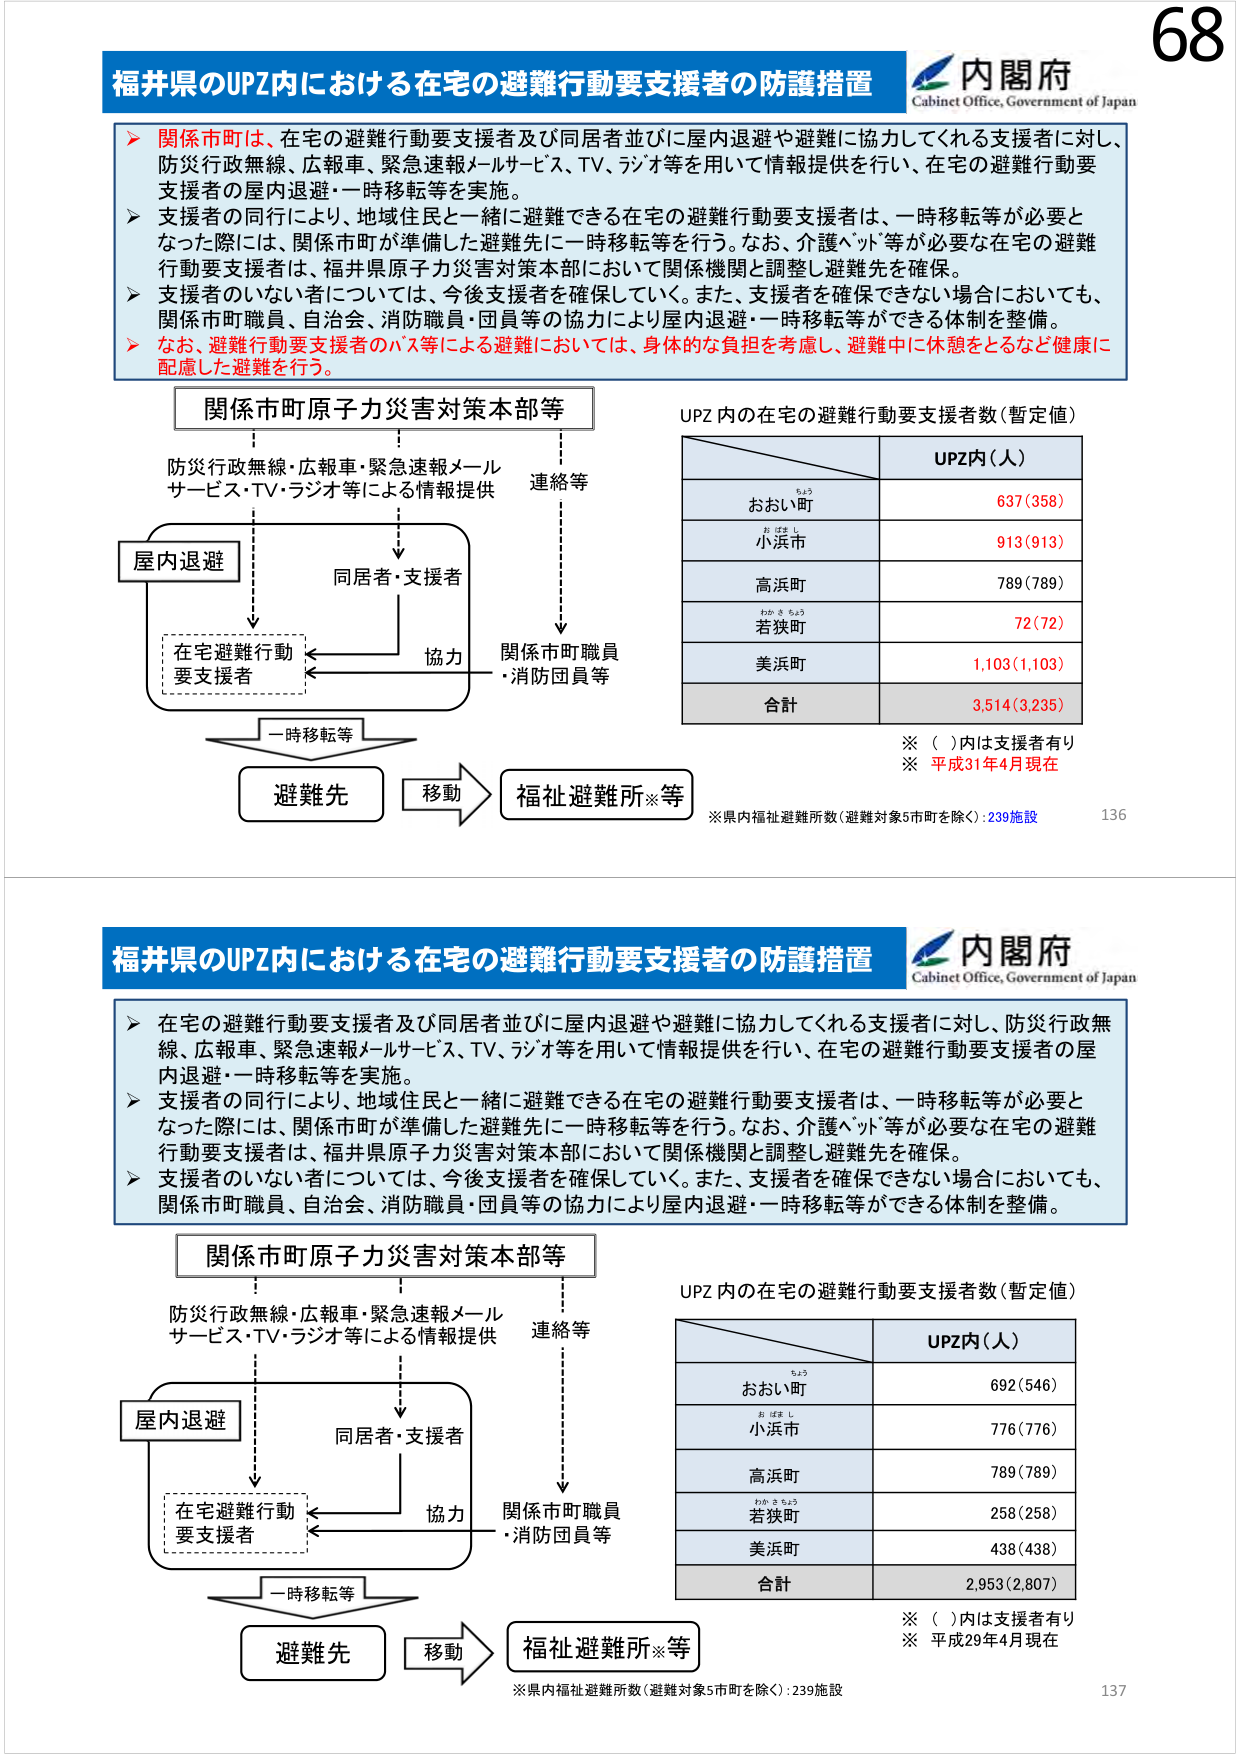
68
福井県のUPZ内における在宅の避難行動要支援者の防護措置
内閣府
Cabinet Office, Government of Japan
関係市町は、在宅の避難行動要支援者及び同居者並びに屋内退避や避難に協力してくれる支援者に対し、
防災行政無線、広報車、緊急速報メールサービス、TV、ラジオ等を用いて情報提供を行い、在宅の避難行動要
支援者の屋内退避・一時移転等を実施。
支援者の同行により、地域住民と一緒に避難できる在宅の避難行動要支援者は、一時移転等が必要と
なった際には、関係市町が準備した避難先に一時移転等を行う。なお、介護ベッド等が必要な在宅の避難
行動要支援者は、福井県原子力災害対策本部において関係機関と調整し避難先を確保。
支援者のいない者については、今後支援者を確保していく。また、支援者を確保できない場合においても、
関係市町職員、自治会、消防職員・団員等の協力により屋内退避・一時移転等ができる体制を整備。
なお、避難行動要支援者のバス等による避難においては、身体的な負担を考慮し、避難中に休憩をとるなど健康に
配慮した避難を行う。
関係市町原子力災害対策本部等
防災行政無線・広報車・緊急速報メール
サービス・TV・ラジオ等による情報提供
連絡等
屋内退避
同居者・支援者
在宅避難行動
要支援者
協力
関係市町職員
・消防団員等
一時移転等
避難先
移動
福祉避難所※等
UPZ内の在宅の避難行動要支援者数（暫定値）
UPZ内（人）
おおい町
637（358）
小浜市
913（913）
高浜町
789（789）
若狭町
72（72）
美浜町
1,103（1,103）
合計
3,514（3,235）
※（）内は支援者有り
※平成31年4月現在
※県内福祉避難所数（避難対象5市町を除く）：239施設
136
福井県のUPZ内における在宅の避難行動要支援者の防護措置
内閣府
Cabinet Office, Government of Japan
在宅の避難行動要支援者及び同居者並びに屋内退避や避難に協力してくれる支援者に対し、防災行政無
線、広報車、緊急速報メールサービス、TV、ラジオ等を用いて情報提供を行い、在宅の避難行動要支援者の屋
内退避・一時移転等を実施。
支援者の同行により、地域住民と一緒に避難できる在宅の避難行動要支援者は、一時移転等が必要と
なった際には、関係市町が準備した避難先に一時移転等を行う。なお、介護ベッド等が必要な在宅の避難
行動要支援者は、福井県原子力災害対策本部において関係機関と調整し避難先を確保。
支援者のいない者については、今後支援者を確保していく。また、支援者を確保できない場合においても、
関係市町職員、自治会、消防職員・団員等の協力により屋内退避・一時移転等ができる体制を整備。
関係市町原子力災害対策本部等
防災行政無線・広報車・緊急速報メール
サービス・TV・ラジオ等による情報提供
連絡等
屋内退避
同居者・支援者
在宅避難行動
要支援者
協力
関係市町職員
・消防団員等
一時移転等
避難先
移動
福祉避難所※等
UPZ内の在宅の避難行動要支援者数（暫定値）
UPZ内（人）
おおい町
692（546）
小浜市
776（776）
高浜町
789（789）
若狭町
258（258）
美浜町
438（438）
合計
2,953（2,807）
※（）内は支援者有り
※平成29年4月現在
※県内福祉避難所数（避難対象5市町を除く）：239施設
137